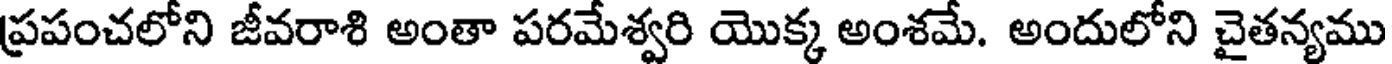
ప్రపంచలోని జీవరాశి అంతా పరమేశ్వరి యొక్క అంశమే. అందులోని చైతన్యము